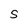
Character: S